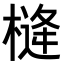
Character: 𪳖